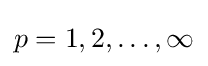
p=1,2,\ldots ,\infty